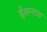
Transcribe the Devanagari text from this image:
ईशनाथ